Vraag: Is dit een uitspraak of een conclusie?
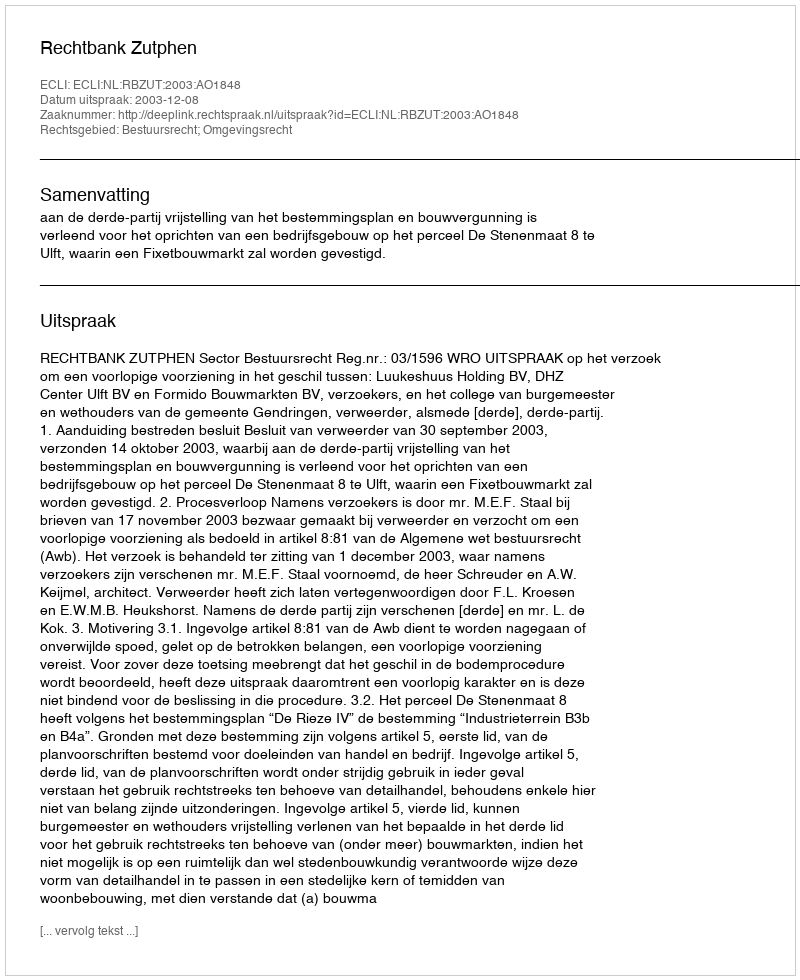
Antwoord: Uitspraak